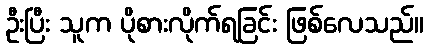
ဦးပြီး သူက ပိုစားလိုက်ရခြင်း ဖြစ်လေသည်။